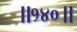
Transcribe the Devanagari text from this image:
॥१४०॥